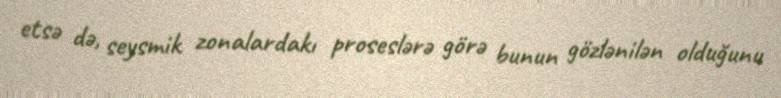
etsə də, seysmik zonalardakı proseslərə görə bunun gözlənilən olduğunu